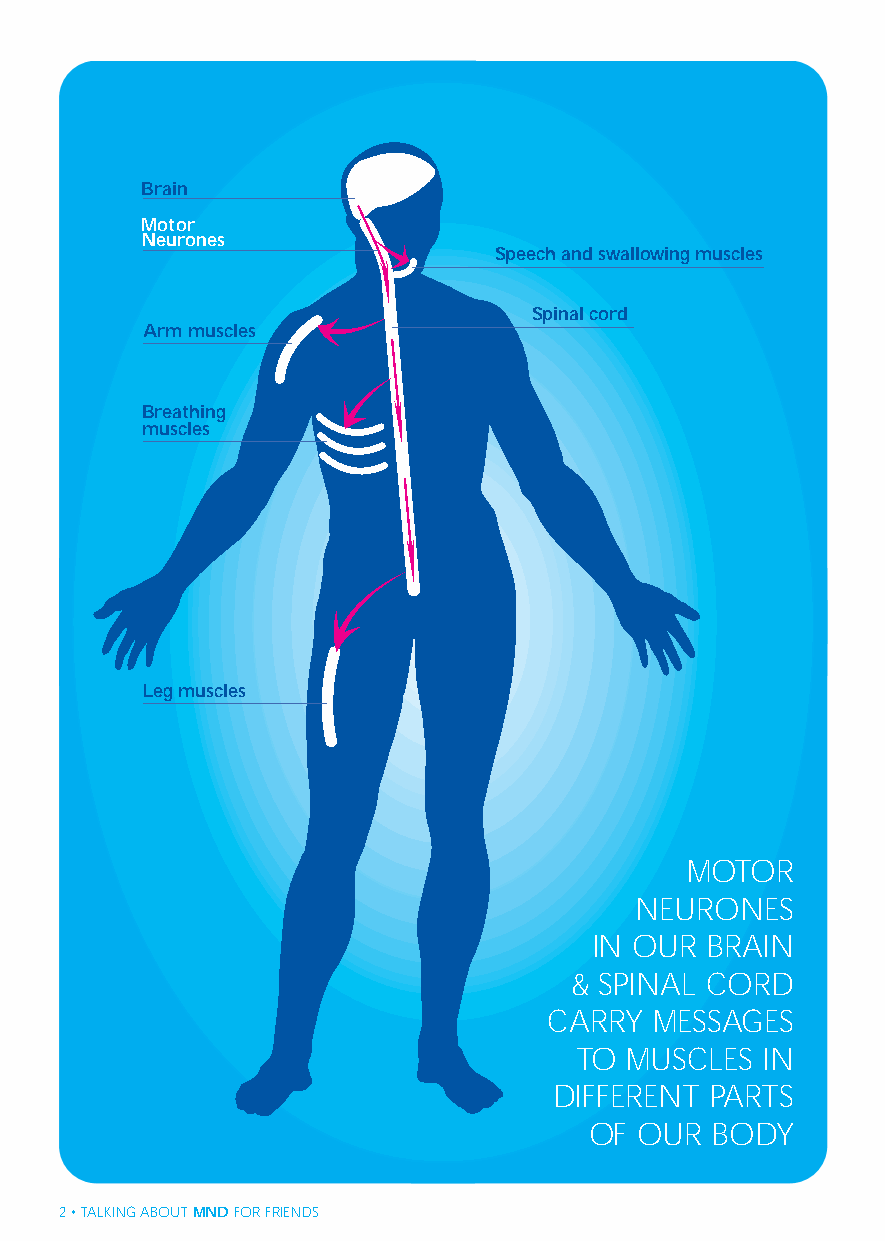
MND Friends A5 4/7/08 4:28pm Page 2
 Brain
 Motor
 Neurones
 Speech and swallowing muscles
 Spinal cord
 Arm muscles
 Breathing
 muscles
 Leg muscles
 MOTOR
 NEURONES
 IN OUR  BRAIN
 & SPINAL CORD
 CARRY  MESSAGES
 TO MUSCLES  IN
 DIFFERENT  PARTS
 OF OUR  BODY
 2• TALKING ABOUTMND FOR FRIENDS